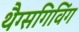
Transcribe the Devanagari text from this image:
थैग्सगिविंग